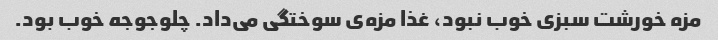
مزه خورشت سبزی خوب نبود، غذا مزه‌ی سوختگی می‌داد. چلوجوجه خوب بود.